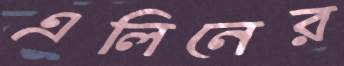
এলিনের